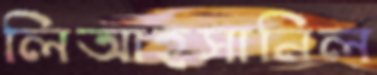
লিআহসানিল